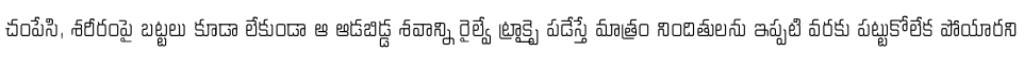
చంపేసి, శరీరంపై బట్టలు కూడా లేకుండా ఆ ఆడబిడ్డ శవాన్ని రైల్వే ట్రాక్పై పడేస్తే మాత్రం నిందితులను ఇప్పటి వరకు పట్టుకోలేక పోయారని